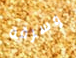
وسرقة